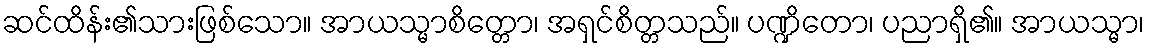
ဆင်ထိန်း၏သားဖြစ်သော။ အာယသ္မာစိတ္တော၊ အရှင်စိတ္တသည်။ ပဏ္ဍိတော၊ ပညာရှိ၏။ အာယသ္မာ၊